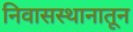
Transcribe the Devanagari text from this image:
निवासस्थानातून